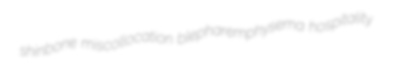
shinbone miscollocation blepharemphysema hospitality